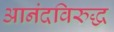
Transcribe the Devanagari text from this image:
आनंदविरुद्ध